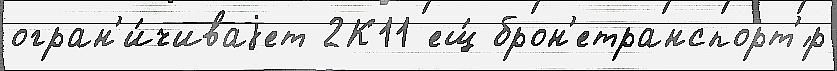
огран'и́чиваjет 2К11 ещ́ брон'етранспорт'́р